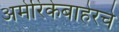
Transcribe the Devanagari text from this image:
अमेरिकेबाहेरचे